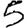
Digit: 5